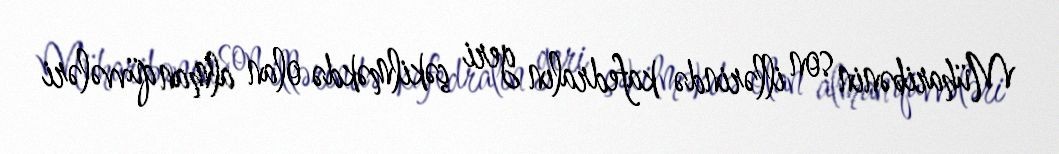
Müharibənin son illərində kafedralın geri çəkilməkdə olan alman qüvvələri